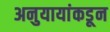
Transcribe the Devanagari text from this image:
अनुयायांकडून